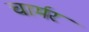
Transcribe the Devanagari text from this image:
चार्मर